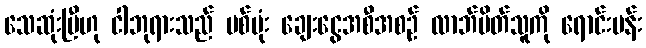
သေဆုံးပြီဟု ငါဘုရားသည် ပစ်ဗုံး ချေးငွေအစီအစဉ် လာဘ်ပိတ်သူကို ရောင်းပန်း